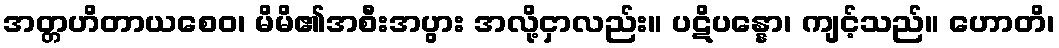
အတ္တဟိတာယစေဝ၊ မိမိ၏အစီးအပွား အလို့ငှာလည်း။ ပဋိပန္နော၊ ကျင့်သည်။ ဟောတိ၊